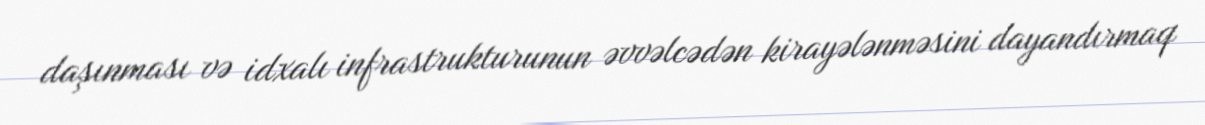
daşınması və idxalı infrastrukturunun əvvəlcədən kirayələnməsini dayandırmaq